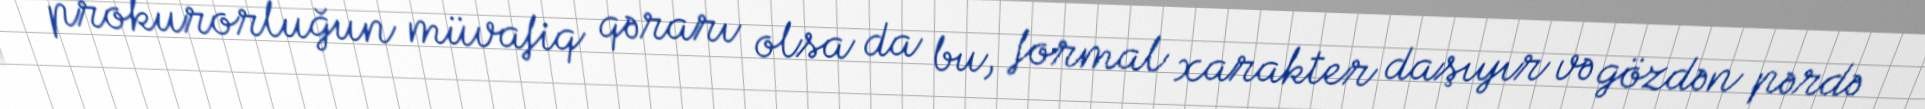
prokurorluğun müvafiq qərarı olsa da bu, formal xarakter daşıyır və gözdən pərdə